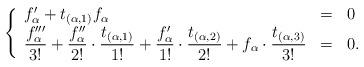
LaTeX: \begin{align*}\left\{\begin{array}{lcl}f'_\alpha + t_{(\alpha, 1)} f_\alpha & = & 0 \\\dfrac{f'''_\alpha}{3!} + \dfrac{f''_\alpha}{2!} \cdot \dfrac{t_{(\alpha, 1)}}{1!} + \dfrac{f'_\alpha}{1!} \cdot \dfrac{t_{(\alpha, 2)}}{2!} + f_\alpha \cdot\dfrac{t_{(\alpha, 3)}}{3!} & = & 0.\end{array}\right.\end{align*}